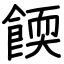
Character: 餪